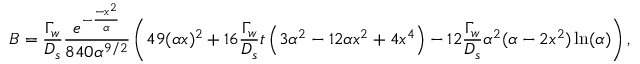
B = \frac { \Gamma _ { w } } { D _ { s } } \frac { e ^ { - \frac { - x ^ { 2 } } { \alpha } } } { 8 4 0 \alpha ^ { 9 / 2 } } \left( 4 9 ( \alpha x ) ^ { 2 } + 1 6 \frac { \Gamma _ { w } } { D _ { s } } t \left( 3 \alpha ^ { 2 } - 1 2 \alpha x ^ { 2 } + 4 x ^ { 4 } \right) - 1 2 \frac { \Gamma _ { w } } { D _ { s } } \alpha ^ { 2 } ( \alpha - 2 x ^ { 2 } ) \ln ( \alpha ) \right) ,